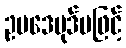
ဥပဒေပုဒ်မဖြင့်